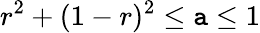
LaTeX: r^{2}+(1-r)^{2}\leq\mathtt{a}\leq1